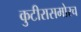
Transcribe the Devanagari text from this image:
कुटीरासमोरच